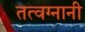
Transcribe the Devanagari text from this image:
तत्वग्नानी